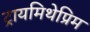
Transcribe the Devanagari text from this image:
ट्रायमिथेप्रिम